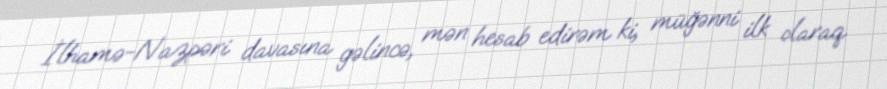
İlhamə-Nazpəri davasına gəlincə, mən hesab edirəm ki, müğənni ilk olaraq